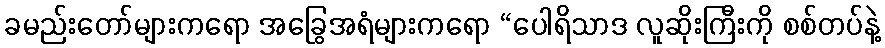
ခမည်းတော်များကရော အခြွေအရံများကရော “ပေါရိသာဒ လူဆိုးကြီးကို စစ်တပ်နဲ့